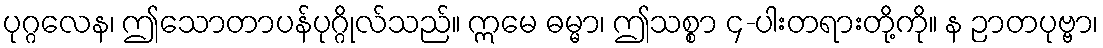
ပုဂ္ဂလေန၊ ဤသောတာပန်ပုဂ္ဂိုလ်သည်။ ဣမေ ဓမ္မာ၊ ဤသစ္စာ ၄-ပါးတရားတို့ကို။ န ဉာတပုဗ္ဗာ၊